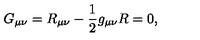
G _ { \mu \nu } = R _ { \mu \nu } - { \frac { 1 } { 2 } } g _ { \mu \nu } R = 0 ,